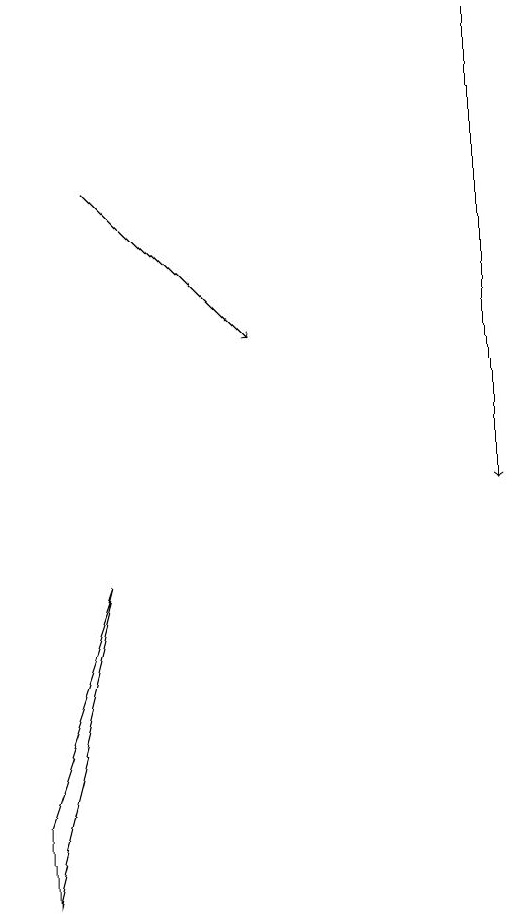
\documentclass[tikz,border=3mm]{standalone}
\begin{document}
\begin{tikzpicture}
\draw[->] (6,16) -- (6,10);
\draw (0,6) -- (1,9) -- (0,5) -- cycle;
\draw[->] (1,14) -- (3,12);
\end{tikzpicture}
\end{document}